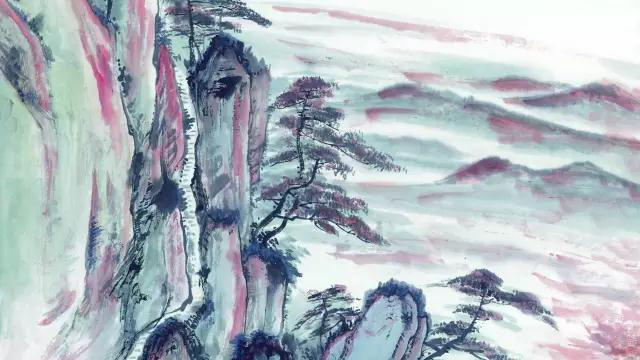
以色事他人，能得几时好。